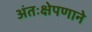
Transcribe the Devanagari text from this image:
अंतःक्षेपणाने